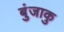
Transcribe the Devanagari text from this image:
बुंजाकु